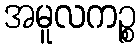
အမူလကဉ္စ